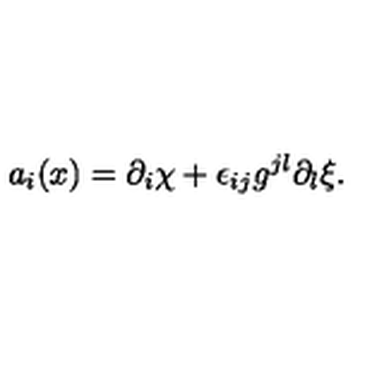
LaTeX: a _ { i } ( x ) = \partial _ { i } \chi + \epsilon _ { i j } g ^ { j l } \partial _ { l } \xi .